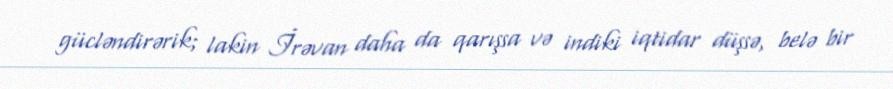
gücləndirərik; lakin İrəvan daha da qarışsa və indiki iqtidar düşsə, belə bir